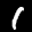
Label: 1